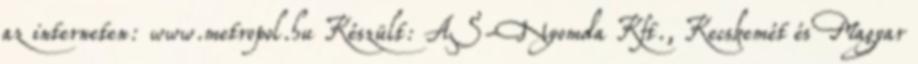
az interneten: www.metropol.hu Készült: AS-Nyomda Kft., Kecskemét és Magyar